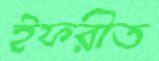
ইফরীত